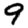
Digit: 9